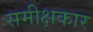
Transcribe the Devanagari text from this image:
समीक्षकार